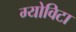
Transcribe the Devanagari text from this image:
ग्योविटा